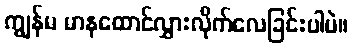
ကျွန်မ မာနထောင်လွှားလိုက်လေခြင်းပါပဲ။